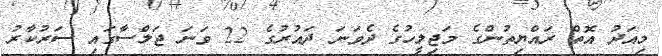
މިއަދު އޮތް ރައްޔިތުންގެ މަޖިލީހުގެ ދެވަނަ ދައުރުގެ 22 ވަނަ ޖަލްސާގައި ސަރުކާރު